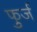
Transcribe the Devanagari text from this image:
फुर्ज